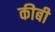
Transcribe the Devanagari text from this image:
कीबी